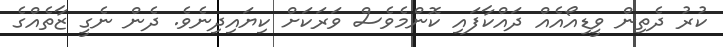
ކުރު ދެތިން ވީޑިއޯއެއް ދައްކާފައި ކޮންމެވެސް ވަރަކަށް ކިޔައިދިނެވެ. ދެން ނެގީ ޒާތެއްގެ